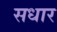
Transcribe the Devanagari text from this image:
सधार